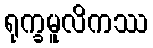
ရုက္ခမူလိကဿ